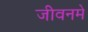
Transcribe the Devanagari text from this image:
जीवनमे